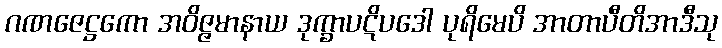
ဂဏဇေဋ္ဌကော အဝိဇ္ဇမာနာယ ဒုက္ခာပဋိပဒေါ ပုရိမေပိ အာတာပီတိအာဒီသု